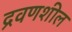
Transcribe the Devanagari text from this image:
द्रवणशील